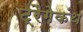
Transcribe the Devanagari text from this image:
ट्रैगेकंथ